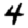
Digit: 4